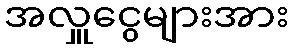
အလှူငွေများအား